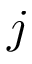
j